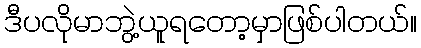
ဒီပလိုမာဘွဲ့ယူရတော့မှာဖြစ်ပါတယ်။